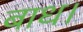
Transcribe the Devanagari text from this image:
बाध।